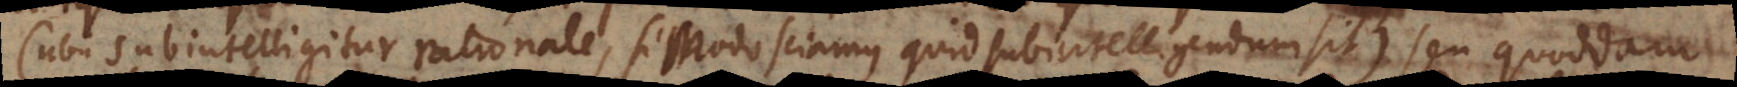
(ubi subintelligitur rationale, si modo sciamus quid subintelligendum sit) seu quoddam